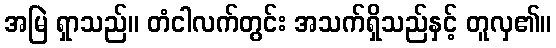
အမြဲ ရှာသည်။ တံငါလက်တွင်း အသက်ရှိသည်နှင့် တူလှ၏။